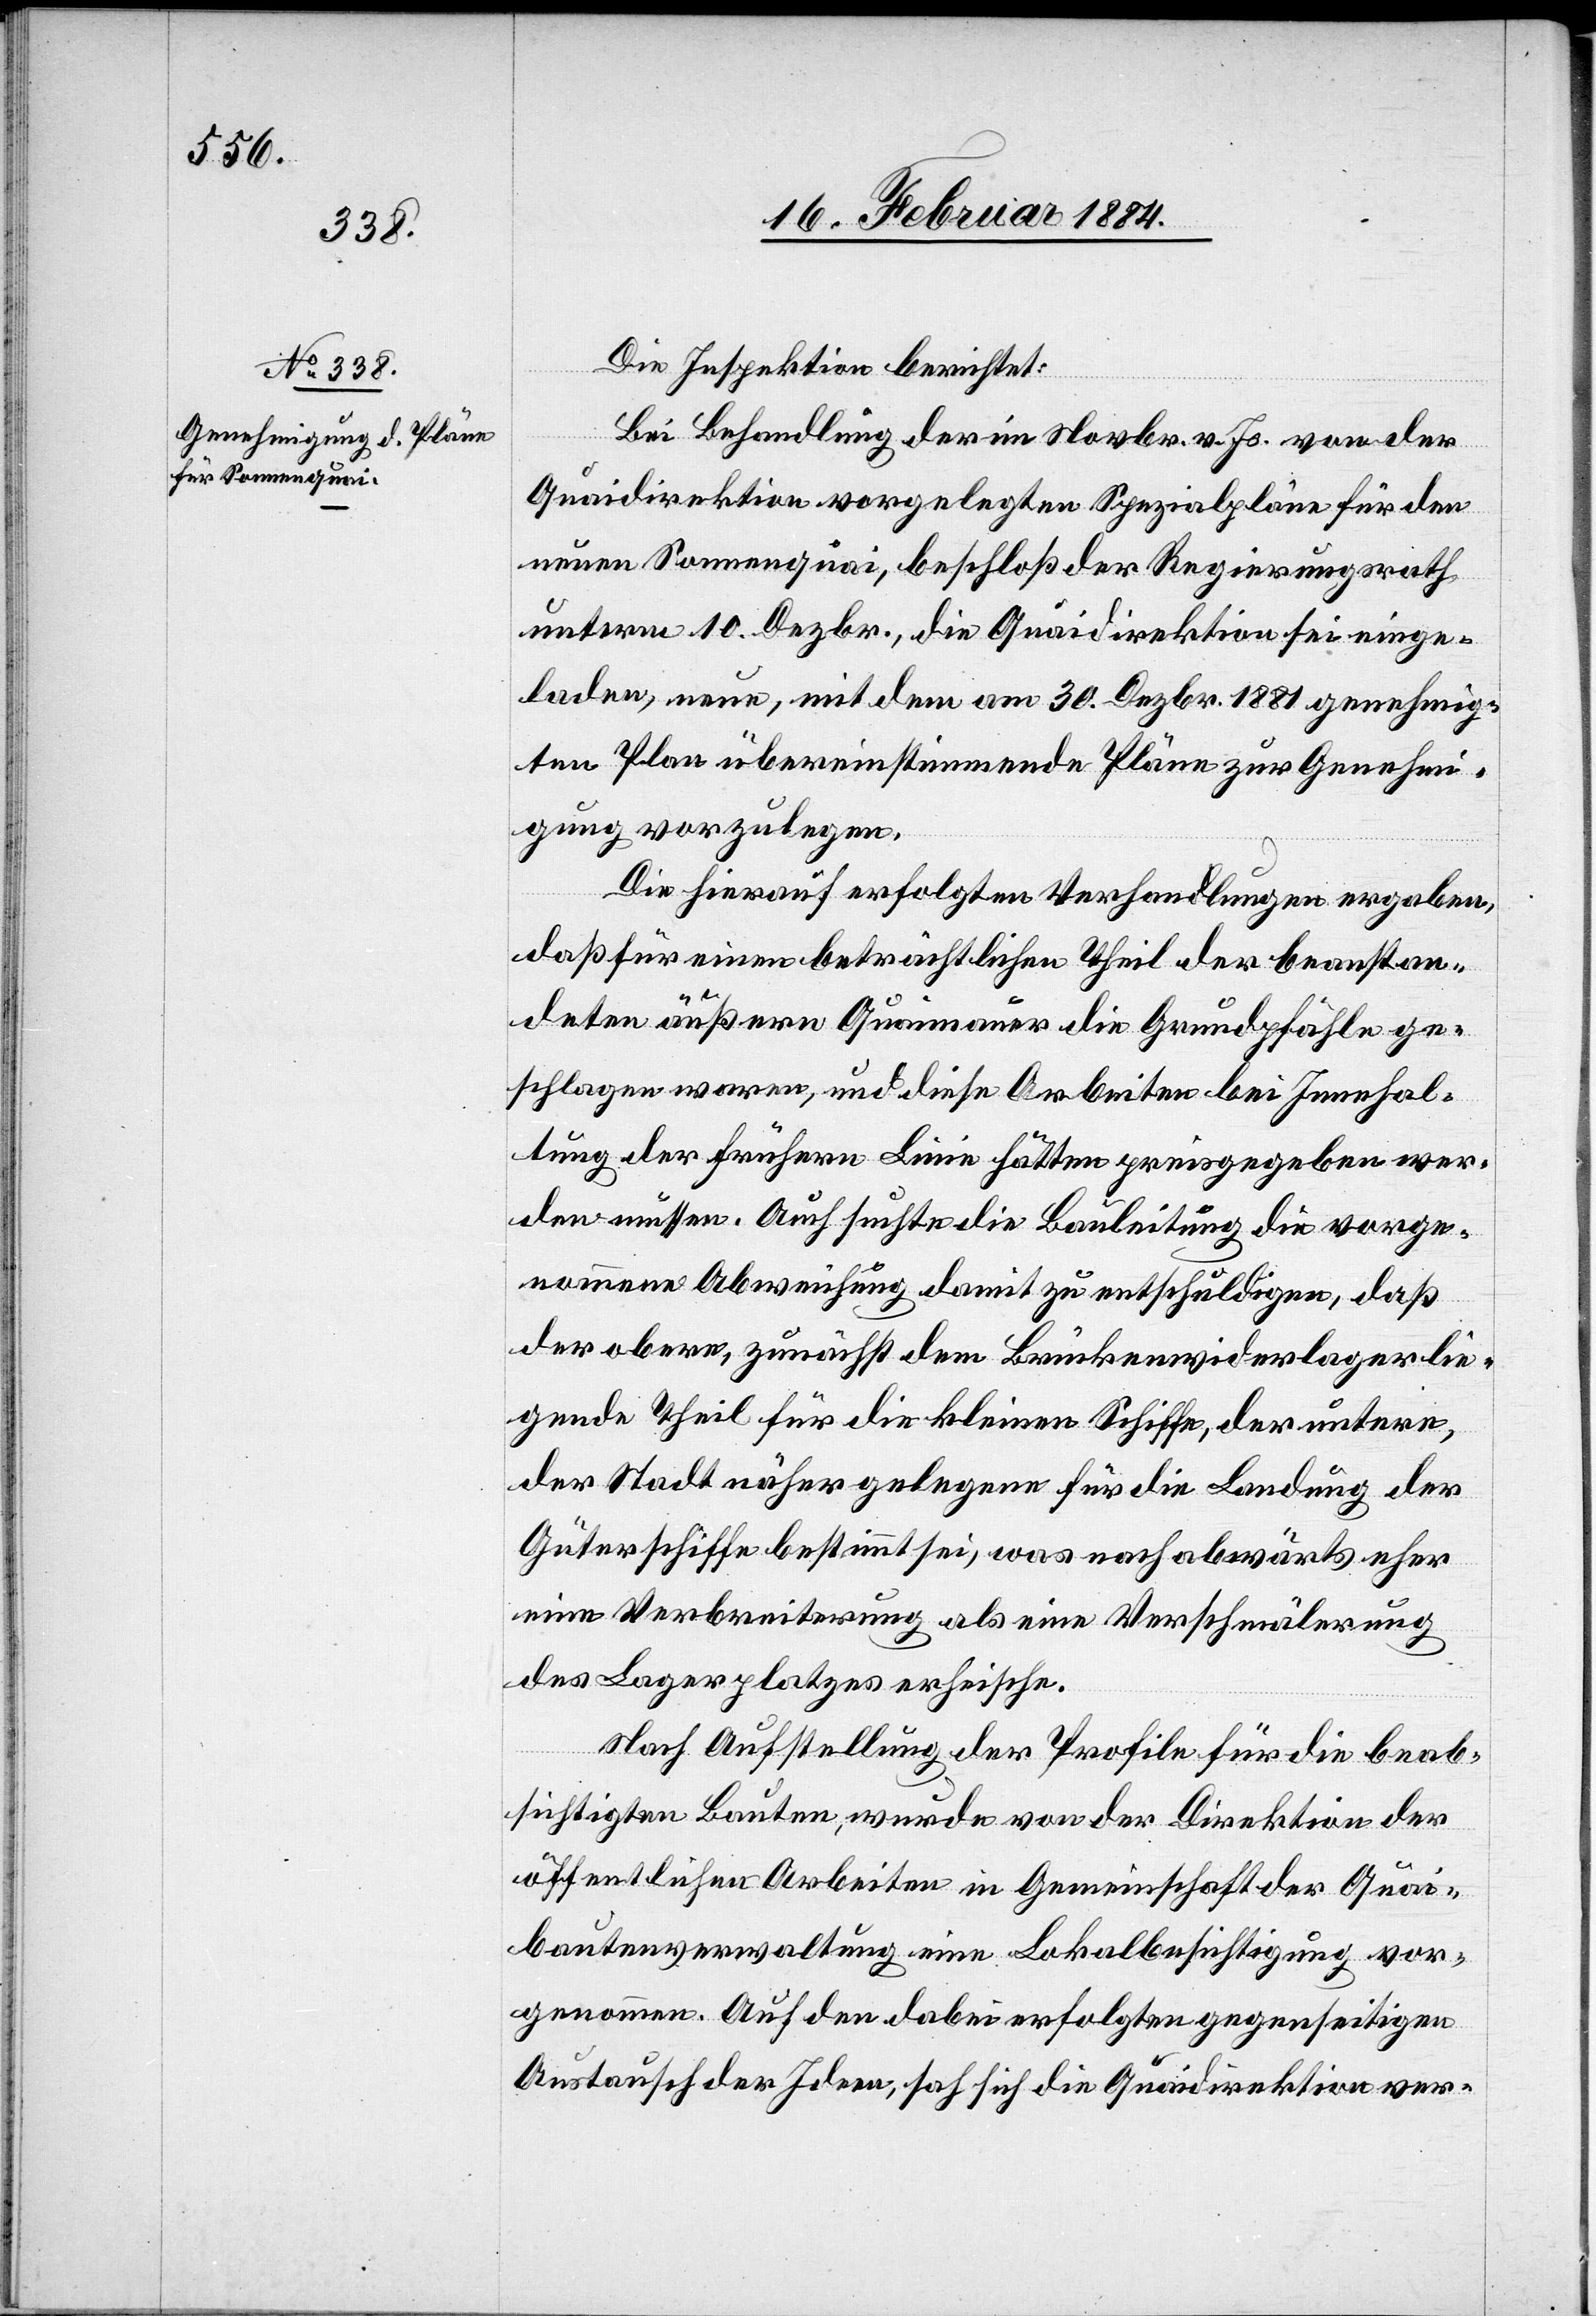
Die Inspektion berichtet:
Bei Behandlung der im Novbr. v. Js. von der
Quaidirektion vorgelegten Spezialpläne für den
neuen Sonnenquai, beschloß der Regierungsrath
unterm 10. Dezbr., die Quaidirektion sei einge¬
laden, neue, mit dem am 30. Dezbr. 1881 genehmig¬
ten Plan übereinstimmende Pläne zur Genehmi¬
gung vorzulegen.
Die hierauf erfolgten Verhandlungen ergaben,
daß für einen beträchtlichen Theil der beanstan¬
deten äußeren Quaimauer die Grundpfähle ge¬
schlagen waren, und diese Arbeiten bei Innehal¬
tung der früheren Linie hätten preisgegeben wer¬
den müssen. Auch suchte die Bauleitung die vorge¬
nommene Abweichung damit zu entschuldigen, daß
der obere, zunächst dem Brückenwiderlager lie¬
gende Theil für die kleinen Schiffe, der untere
der Stadt näher gelegene für die Landung der
Güterschiffe bestimmt sei, was nach abwärts eher
eine Verbreiterung als eine Verschmälerung
des Lagerplatzes erheische.
Nach Aufstellung der Profile für die beab¬
sichtigten Bauten, wurde von der Direktion der
öffentlichen Arbeiten in Gemeinschaft mit der Quai¬
bautenverwaltung eine Lokalbesichtigung vor¬
genommen. Auf den dabei erfolgten gegenseitigen
Austausch der Ideen, sah sich die Quaidirektion ver-